Lunatic asylums Punjab 1895-1910 - 1895-1910
Year: 1895
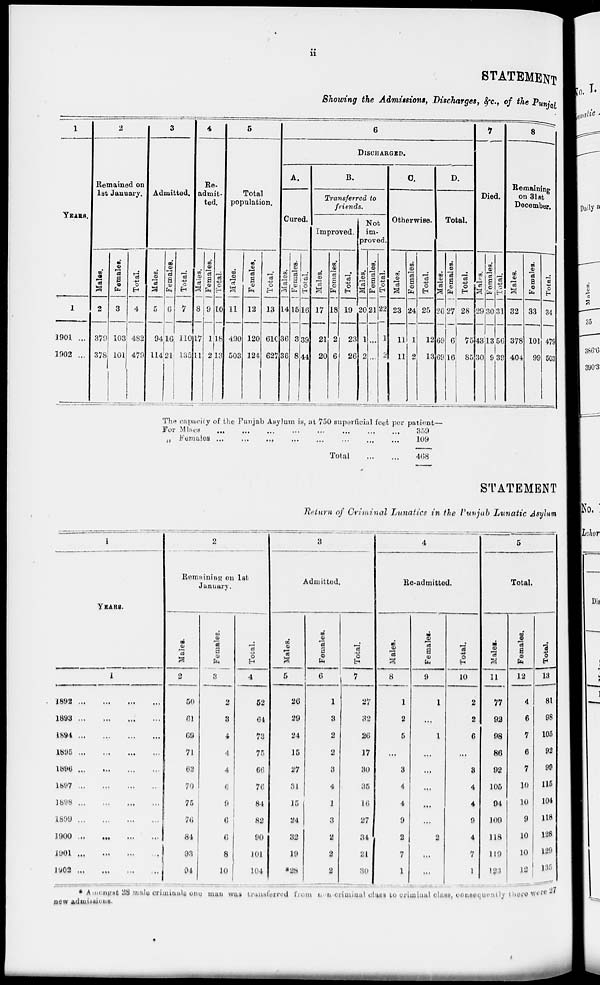
ii
STATEMENT
Showing the Admissions, Discharges, &c., of the Punjab
1
YEARS.
1
1901 ...
1902 ...
2
Remained on
1st January.
Males.
2
379
378
Females.
3
103
101
Total.
4
482
479
3
Admitted.
Males.
5
94
114
Females.
6
16
21
Total.
7
110
135
4
Re-
admit-
ted.
Males.
8
17
11
Females.
9
1
2
Total.
10
18
13
5
Total
population.
Males.
11
490
503
Females.
12
120
124
Total.
13
610
627
6
DISCHARGED.
A.
Cured.
Males.
14
36
36
Females.
15
3
8
Total.
16
39
44
B.
Transferred to
friends.
Improved.
Males.
17
21
20
Females.
18
2
6
Total.
19
23
26
Not
im-
proved.
Males.
20
1
2
Females.
21
...
...
Total.
22
1
2
C.
Otherwise.
Males.
23
11
11
Females.
24
1
2
Total.
25
12
13
D.
Total.
Males.
26
69
69
Females.
27
6
16
Total.
28
75
85
7
Died.
Males.
29
43
30
Females.
30
13
9
Total.
31
56
39
8
Remaining
on 31st
December.
Males.
32
378
404
Females.
33
101
99
Total.
34
478
503
The capacity of the Punjab Asylum is, at 750 superficial feet per patient—
For Males ... ... ... ... ... ... ... ...
„ Females ... ... ... ... ... ... ... ...
Total
...
...
359
109
468
STATEMENT
Return of Criminal Lunatics in the Punjab Lunatic Asylum
1
YEARS.
1
1892
...
...
...
...
1893
...
...
...
...
1894
...
...
...
...
1895
...
...
...
...
1896
...
...
...
...
1897
...
...
...
...
1898
...
...
...
...
1899
...
...
...
...
1900 ... ... ... ...
1901 ... ... ... ...
1902
...
...
...
...
2
Remaining on 1st
January.
Males.
2
50
61
69
71
62
70
75
76
84
93
94
Females.
3
2
3
4
4
4
6
9
6
6
8
10
Total.
4
52
64
73
75
66
76
84
82
90
101
104
3
Admitted.
Males.
5
26
29
24
15
27
31
15
24
32
19
*28
Females.
6
1
3
2
2
3
4
1
3
2
2
2
Total.
7
27
32
26
17
30
35
16
27
34
21
30
4
Re-admitted.
Males.
8
1
2
6
...
3
4
4
9
2
7
1
Females.
9
1
...
...
...
...
...
...
...
2
...
...
Total.
10
2
2
6
...
3
4
4
9
4
7
1
5
Total.
Males.
11
77
92
98
86
92
105
94
109
118
119
123
Females.
12
4
6
7
6
7
10
10
9
10
10
12
Total.
13
81
98
105
92
99
116
104
118
128
129
135
* Amongst 28 male criminals one man was transferred from non criminal class to criminal class, consequently there were 27
new Admissions.